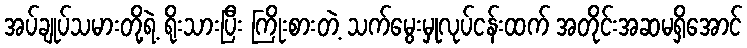
အပ်ချုပ်သမားတို့ရဲ့ ရိုးသားပြီး ကြိုးစားတဲ့ သက်မွေးမှုလုပ်ငန်းထက် အတိုင်းအဆမရှိအောင်